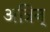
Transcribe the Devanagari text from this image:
अत्रिन्